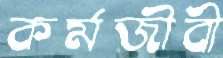
কর্মজীবী